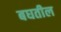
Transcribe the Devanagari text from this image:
बघतील